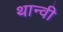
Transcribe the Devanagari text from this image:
थान्वी